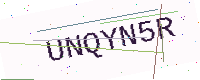
Text: UNQYN5R